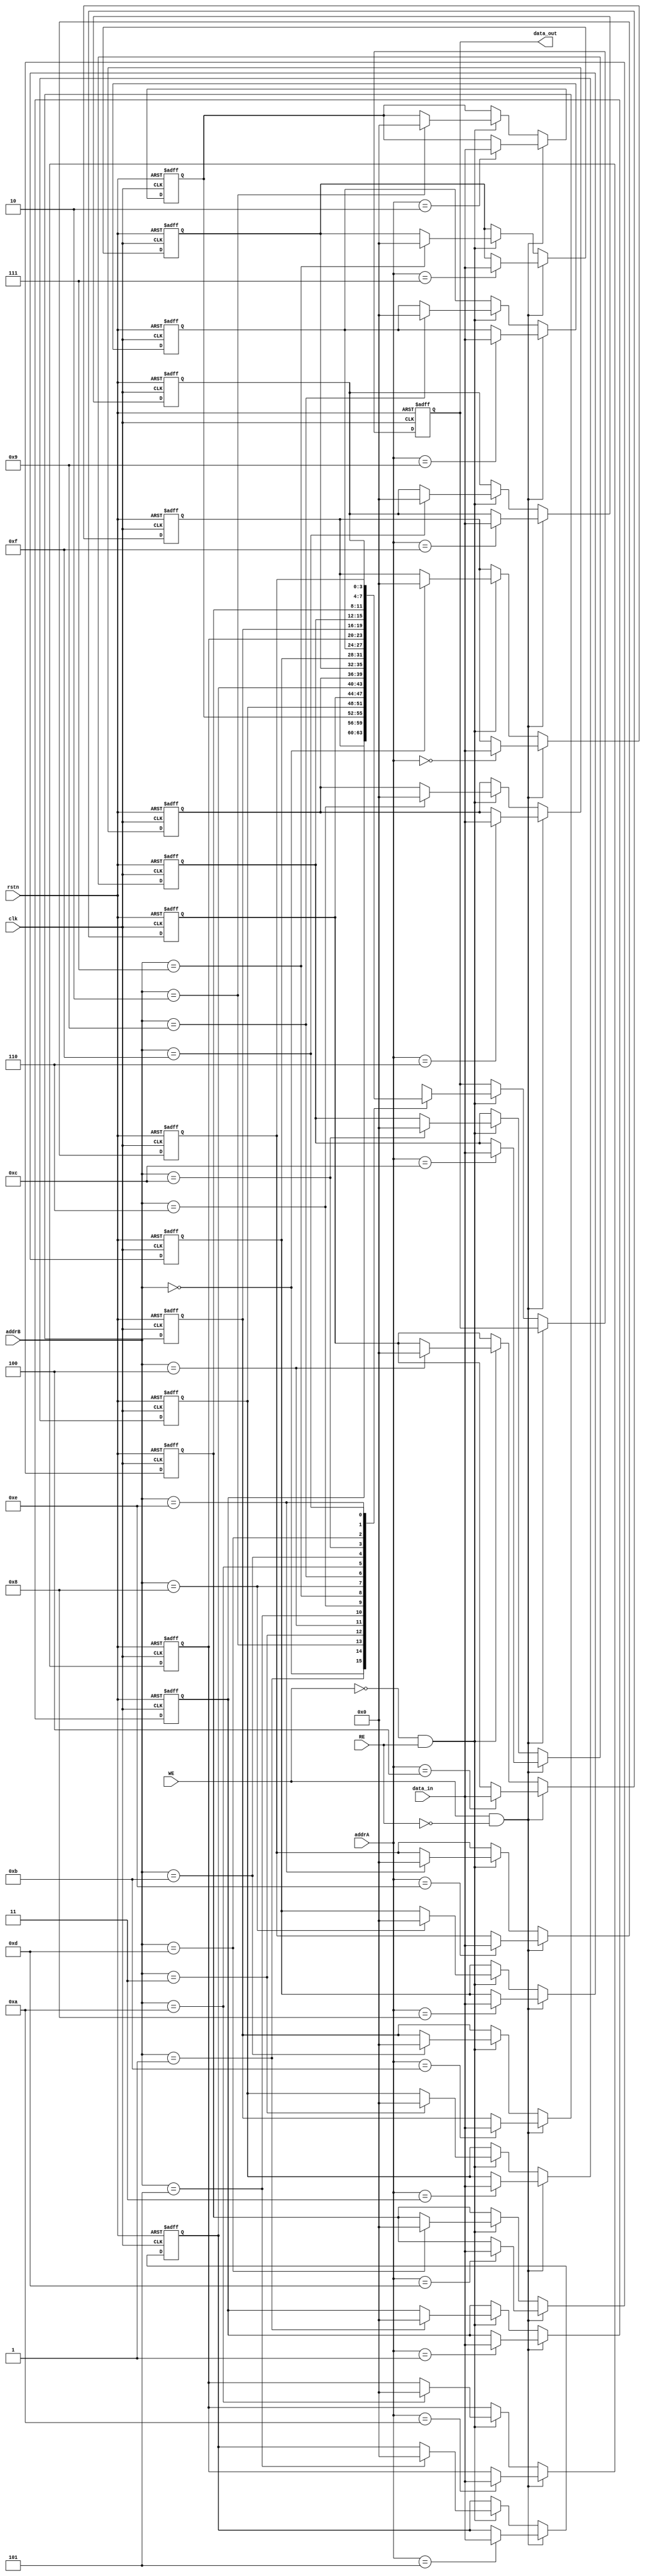
`timescale 1ns / 1ps

module fifo_16_4(
    input clk,
    input rstn,
    input WE,
    input RE,
    input [3:0] data_in,
	 input [3:0] addrA,
	 input [3:0] addrB,
    output [3:0] data_out
    );
	 
	 reg [3:0] data [0:15]; //4bit 16columm
	 reg [3:0] read_ptr;
	 reg [3:0] write_ptr;
	 reg [3:0] data_out_reg;
	 
	 assign data_out = data_out_reg;

	 
	 always @ (posedge clk or negedge rstn)
	 begin
		//Reset
		if(rstn == 1'b0)
		begin
			data [ 0]   <= 4'd0;
			data [ 1]   <= 4'd0;
			data [ 2]   <= 4'd0;
			data [ 3]   <= 4'd0;
			data [ 4]   <= 4'd0;
			data [ 5]   <= 4'd0;
			data [ 6]   <= 4'd0;
			data [ 7]   <= 4'd0;
			data [ 8]   <= 4'd0;
			data [ 9]   <= 4'd0;
			data [10]   <= 4'd0;
			data [11]   <= 4'd0;
			data [12]   <= 4'd0;
			data [13]   <= 4'd0;
			data [14]   <= 4'd0;
			data [15]   <= 4'd0;
			data_out_reg<= 4'd0;
		end
		else
		begin
			//Push-Write
			if(WE && ~RE)
			begin
				data[addrA] <= data_in;
			end
			//Pop-Read
			else if(~WE && RE)
			begin
				data_out_reg   <= data[addrB];
				data[addrB] <= 4'd0;
			end
			//Full or Empty
			else
			begin
				data_out_reg  <= data_out_reg;
			end
		end
	end
endmodule